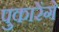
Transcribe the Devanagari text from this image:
पुकारेंगे